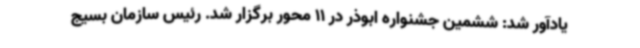
یادآور شد: ششمین جشنواره ابوذر در 11 محور برگزار شد. رئیس سازمان بسیج